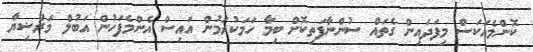
ކޮންމެއަކަސް މިފަދައިން ގެތައް ސުންނާފަތިކޮށް ބިމާ ހަމަކުރަމުން އައިސް އެންމެފަހުން އަބުލް މަރްޟިޔާ